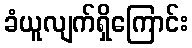
ခံယူလျက်ရှိကြောင်း